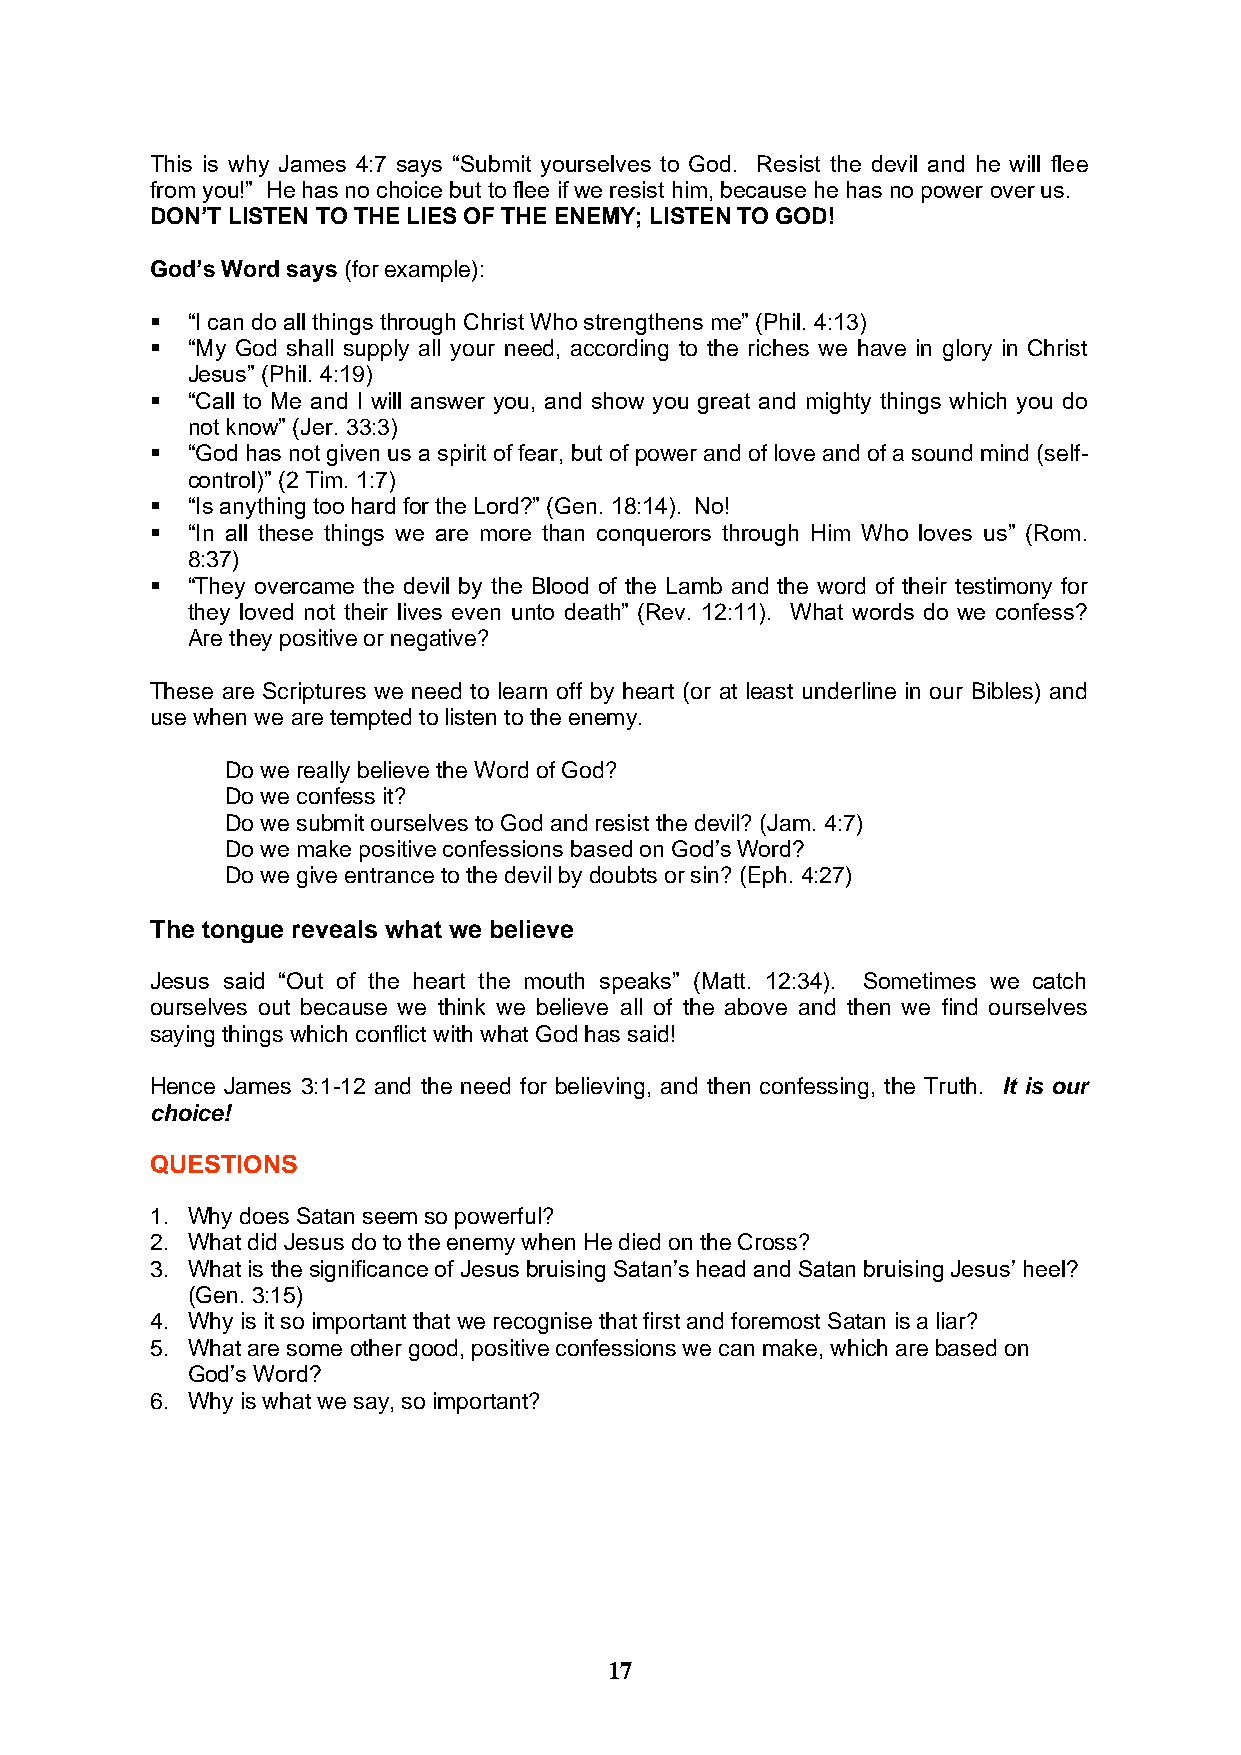
This is why James 4:7 says “Submit yourselves to God. Resist the devil and he will flee
 from you!” He has no choice but to flee if we resist him, because he has no power over us.
 DON’T LISTEN TO THE LIES OF THE ENEMY; LISTEN TO GOD!
 God’s Word says (for example):
 ▪ “I can do all things through Christ Who strengthens me” (Phil. 4:13)
 ▪ “My God shall supply all your need, according to the riches we have in glory in Christ
 Jesus” (Phil. 4:19)
 ▪ “Call to Me and I will answer you, and show you great and mighty things which you do
 not know” (Jer. 33:3)
 ▪ “God has not given us a spirit of fear, but of power and of love and of a sound mind (self-
 control)” (2 Tim. 1:7)
 ▪ “Is anything too hard for the Lord?” (Gen. 18:14). No!
 ▪ “In all these things we are more than conquerors through Him Who loves us” (Rom.
 8:37)
 ▪ “They overcame the devil by the Blood of the Lamb and the word of their testimony for
 they loved not their lives even unto death” (Rev. 12:11). What words do we confess?
 Are they positive or negative?
 These are Scriptures we need to learn off by heart (or at least underline in our Bibles) and
 use when we are tempted to listen to the enemy.
 Do we really believe the Word of God?
 Do we confess it?
 Do we submit ourselves to God and resist the devil? (Jam. 4:7)
 Do we make positive confessions based on God’s Word?
 Do we give entrance to the devil by doubts or sin? (Eph. 4:27)
 The tongue reveals what we believe
 Jesus said “Out of the heart the mouth speaks” (Matt. 12:34). Sometimes we catch
 ourselves out because we think we believe all of the above and then we find ourselves
 saying things which conflict with what God has said!
 Hence James 3:1-12 and the need for believing, and then confessing, the Truth. It is our
 choice!
 QUESTIONS
 1. Why does Satan seem so powerful?
 2. What did Jesus do to the enemy when He died on the Cross?
 3. What is the significance of Jesus bruising Satan’s head and Satan bruising Jesus’ heel?
 (Gen. 3:15)
 4. Why is it so important that we recognise that first and foremost Satan is a liar?
 5. What are some other good, positive confessions we can make, which are based on
 God’s Word?
 6. Why is what we say, so important?
 17